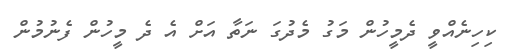
ކިހިނެއްވީ ދެމީހުން މަގު މެދުގަ ނަތާ އަށް އެ ދެ މީހުން ފެނުމުން